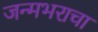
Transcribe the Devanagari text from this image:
जन्मभराचा